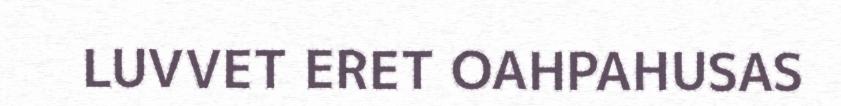
LUVVET ERET OAHPAHUSAS